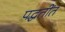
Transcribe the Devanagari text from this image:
पद्धतींत